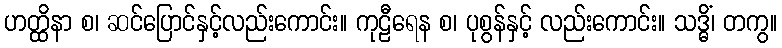
ဟတ္ထိနာ စ၊ ဆင်ပြောင်နှင့်လည်းကောင်း။ ကုဠီရေန စ၊ ပုစွန်နှင့် လည်းကောင်း။ သဒ္ဓိံ၊ တကွ။